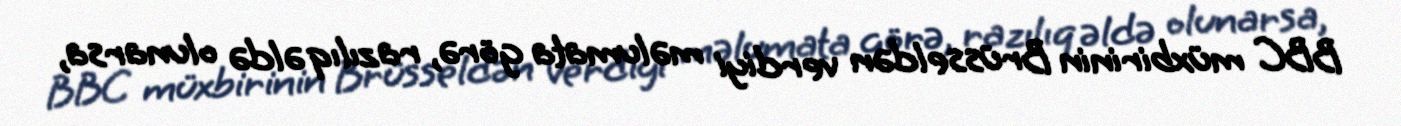
BBC müxbirinin Brüsseldən verdiyi məlumata görə, razılıq əldə olunarsa,